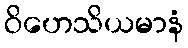
ဝိဟေသိယမာနံ